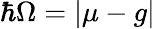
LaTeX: \hbar\Omega=|\mu-g|